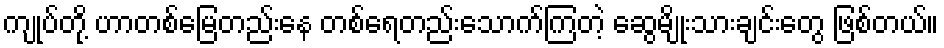
ကျုပ်တို့ ဟာတစ်မြေတည်းနေ တစ်ရေတည်းသောက်ကြတဲ့ ဆွေမျိုးသားချင်းတွေ ဖြစ်တယ်။